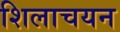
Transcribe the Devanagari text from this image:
शिलाचयन